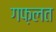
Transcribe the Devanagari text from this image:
गफ़लत